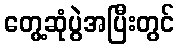
တွေ့ဆုံပွဲအပြီးတွင်